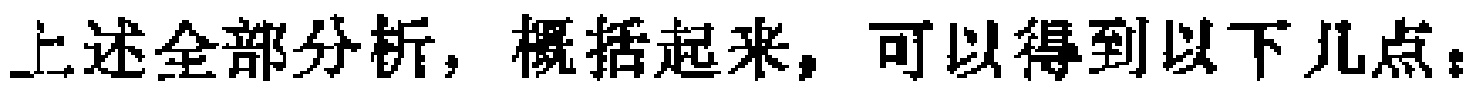
上述全部分析，概括起来，可以得到以下几点：